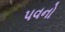
પવનો